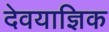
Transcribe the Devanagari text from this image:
देवयाज्ञिक